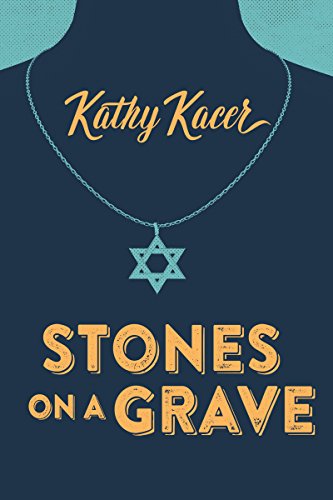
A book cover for Stones on a Grave (Secrets); Kathy Kacer; Teen & Young Adult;